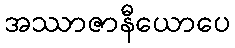
အဿာဇာနီယောပေ